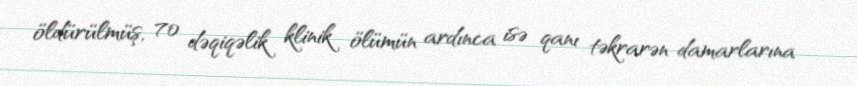
öldürülmüş, 70 dəqiqəlik klinik ölümün ardınca isə qanı təkrarən damarlarına